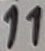
Text: 11